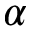
\alpha